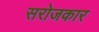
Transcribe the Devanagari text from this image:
सरोजकार